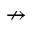
\nrightarrow